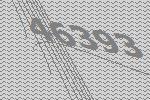
46393